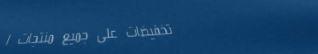
تخفيضات على جميع منتجات ا